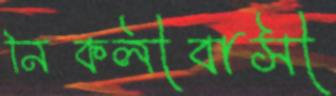
নিকলীবাসী